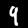
Label: 9